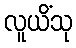
လူယိံသု